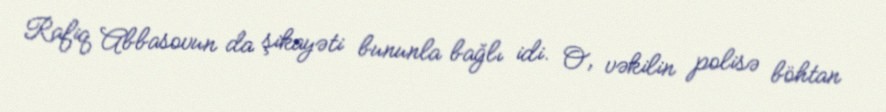
Rafiq Abbasovun da şikayəti bununla bağlı idi. O, vəkilin polisə böhtan